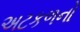
અટકળનો